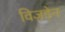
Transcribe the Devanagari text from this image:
विज़डेन